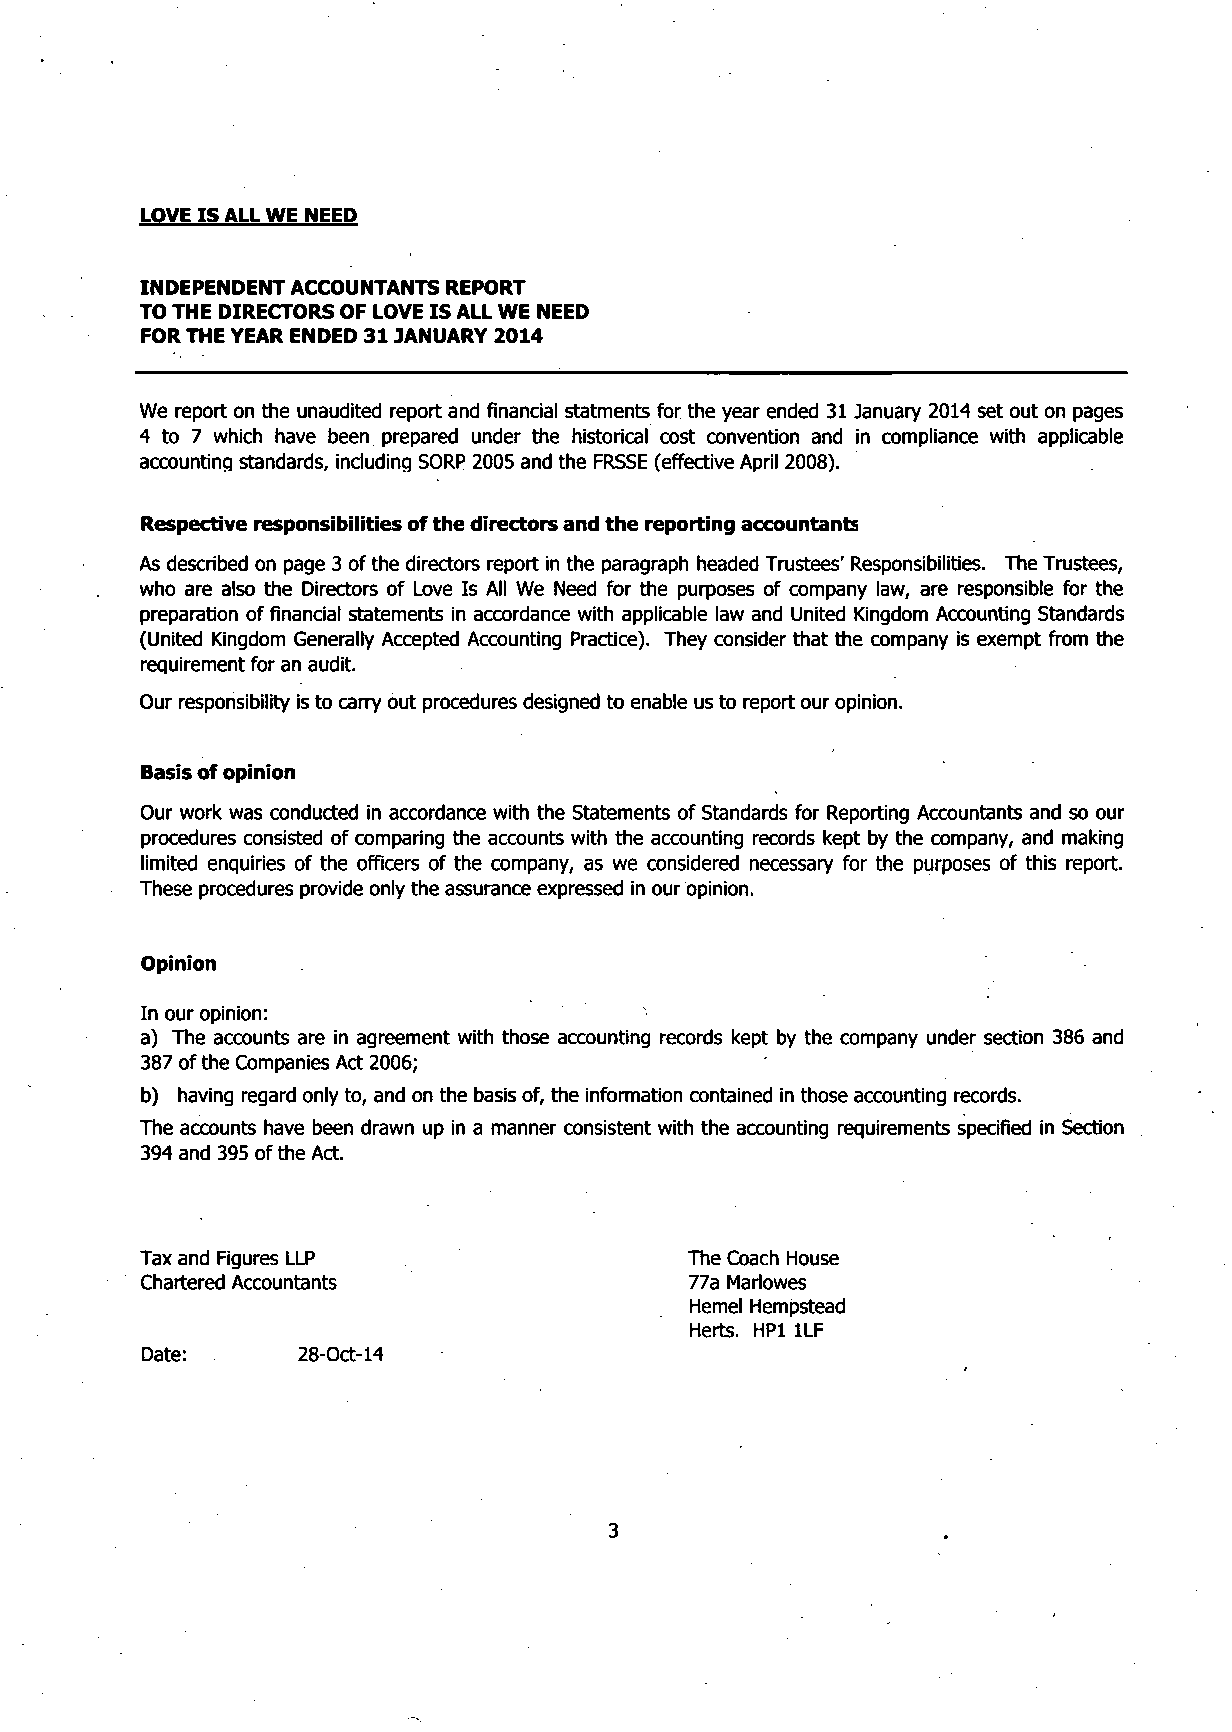
LOVE IS ALL WE NEED
 INDEPENDENT ACCOUNTANTS REPORT
 TO THE DIRECTORS OF LOVE IS ALL WE NEED
 FOR THE YEAR ENDED 31 JANUARY 2014
 We report on the unaudited report and financial statments for the year ended 31 January 2014 set out on pages
 4 to 7 which have been prepared under the historical cost convention and in compliance with applicable
 accounting standards, including SORP 2005 and the FRSSE (effective April 2008).
 Respective responsibilities of the directors and the reporting accountants
 As described on page 3 of the directors report in the paragraph headed Trustees' Responsibilities. The Trustees,
 who are also the Directors of Love Is All We Need for the purposes of company law, are responsible for the
 preparation of financial statements in accordance with applicable law and United Kingdom Accounting Standards
 (United Kingdom Generally Accepted Accounting Practice). They consider that the company is exempt from the
 requirement for an audit.
 Our responsibility is to carry out procedures designed to enable us to report our opinion.
 Basis of opinion
 Our work was conducted in accordance with the Statements of Standards for Reporting Accountants and so our
 procedures consisted of comparing the accounts with the accounting records kept by the company, and making
 limited enquiries of the officers of the company, as we considered necessary for the purposes of this report.
 These procedures provide only the assurance expressed in our opinion.
 Opinion
 In our opinion:
 a) The accounts are in agreement with those accounting records kept by the company under section 386 and
 387 of the Companies Act 2006;
 b) having regard only to, and on the basis of, the information contained in those accounting records.
 The accounts have been drawn up in a manner consistent with the accounting requirements specified in Section
 394 and 395 of the Act.
 Tax and Figures LLP                  The Coach House
 Chartered Accountants                77a Marlowes
 Hemel Hempstead
 Herts. HP1 1LF
 Date:      28-Oct-14
 3